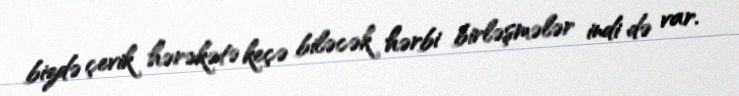
bizdə çevik hərəkətə keçə biləcək hərbi birləşmələr indi də var.